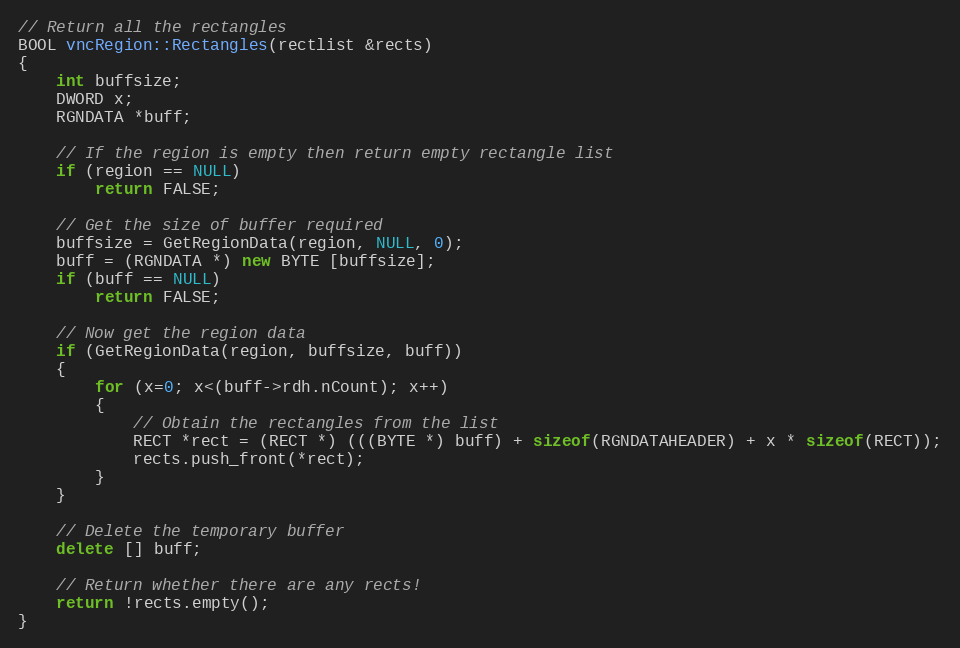
Language: C++
// Return all the rectangles
BOOL vncRegion::Rectangles(rectlist &rects)
{
	int buffsize;
	DWORD x;
	RGNDATA *buff;

	// If the region is empty then return empty rectangle list
	if (region == NULL)
		return FALSE;

	// Get the size of buffer required
	buffsize = GetRegionData(region, NULL, 0);
	buff = (RGNDATA *) new BYTE [buffsize];
	if (buff == NULL)
		return FALSE;

	// Now get the region data
	if (GetRegionData(region, buffsize, buff))
	{
		for (x=0; x<(buff->rdh.nCount); x++)
		{
			// Obtain the rectangles from the list
			RECT *rect = (RECT *) (((BYTE *) buff) + sizeof(RGNDATAHEADER) + x * sizeof(RECT));
			rects.push_front(*rect);
		}
	}

	// Delete the temporary buffer
	delete [] buff;

	// Return whether there are any rects!
	return !rects.empty();
}